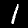
Label: 1